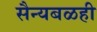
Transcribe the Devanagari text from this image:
सैन्यबळही